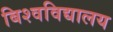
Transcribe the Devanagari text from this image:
बिश्वविद्यालय